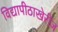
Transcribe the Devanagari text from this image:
विद्यापीठाखेरीज